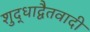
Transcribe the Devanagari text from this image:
शुद्धाद्वैतवादी